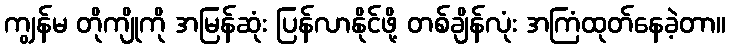
ကျွန်မ တိုကျိုကို အမြန်ဆုံး ပြန်လာနိုင်ဖို့ တစ်ချိန်လုံး အကြံထုတ်နေခဲ့တာ။